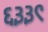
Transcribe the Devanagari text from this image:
६३३९